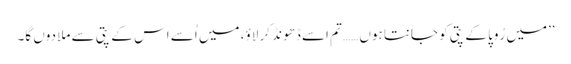
’’میں رُوپا کے پتی کو جانتا ہوں…… تم اسے ڈھونڈ کر لاؤ، میں اُسے اس کے پتی سے ملا دوں گا۔